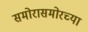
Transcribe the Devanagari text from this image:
समोरासमोरच्या